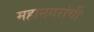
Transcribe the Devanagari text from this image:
महानगरांची